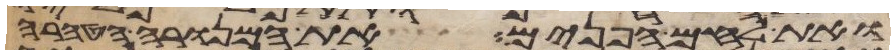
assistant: ואת לחם הפנים את המנורה הטהרה